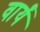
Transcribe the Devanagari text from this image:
वार्यं